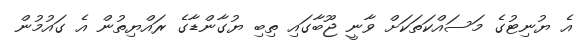
އެ ޔުނިޓުގެ މަސައްކަތަކަށް ވާނީ ޖޫބާގައި ތިބި ޔުގާންޑާގެ ރައްޔިތުން އެ ގައުމުން